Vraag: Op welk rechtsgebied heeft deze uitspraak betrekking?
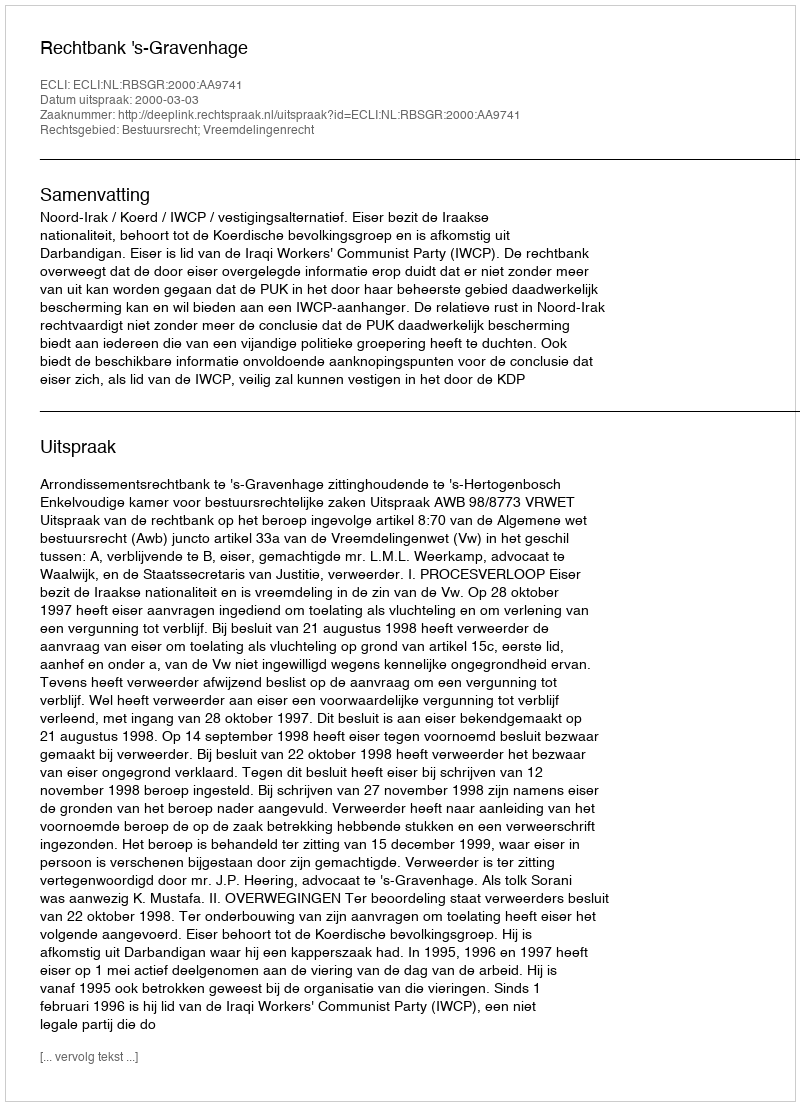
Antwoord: Bestuursrecht; Vreemdelingenrecht